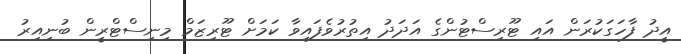
އީދު ފާހަގަކުރަން އައި ޓޫރިސްޓުންގެ އަދަދު އިތުރުވެފައިވާ ކަމަށް ޓޫރިޒަމް މިނިސްޓްރީން ބުނިއިރު